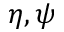
\eta , \psi